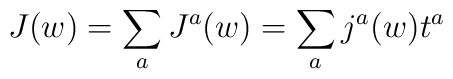
J(w) = \sum_a J^a(w)=\sum_a j^a(w) t^a